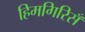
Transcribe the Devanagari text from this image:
हिमगिरिसँ